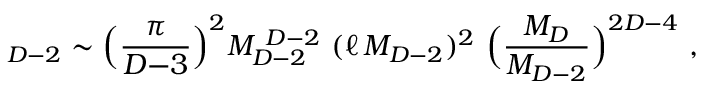
\L _ { D - 2 } \sim \Big ( { \frac { \pi } { D { - } 3 } } \Big ) ^ { 2 } M _ { D - 2 } ^ { ~ D - 2 } ~ ( \ell \, M _ { D - 2 } ) ^ { 2 } ~ \Big ( { \frac { M _ { D } } { M _ { D - 2 } } } \Big ) ^ { 2 D - 4 } ~ ,